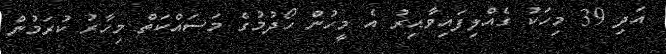
އަދި 39 މިހަކު ގެއްލިފައިވާއިރު އެ މީހުން ހޯދުމުގެ މަސައްކަތް މިހާރު ކުރަމުން